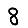
Digit: 8